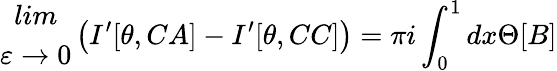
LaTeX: \begin{array}{c}{{lim}}\\ {{\varepsilon\rightarrow 0}}\end{array}\left(I^{\prime}[\theta,CA]-I^{\prime}[\theta,CC]\right)=\pi i\int_{0}^{1}dx\Theta[B]